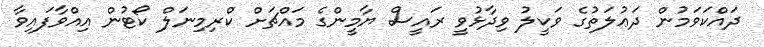
ދައްކަވަމުން ދަޢުލަތުގެ ވަކީލު ވިދާޅުވީ ރައީސް ޔާމީންގެ މައްޗަށް ކްރިމިނަލް ކޯޓުން އިއްވާފައިވާ